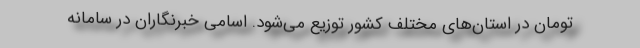
تومان در استان‌های مختلف کشور توزیع می‌شود. اسامی خبرنگاران در سامانه